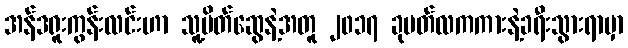
အန်ဒရူးကွန်းလင်းဟာ သူ့မိတ်ဆွေနဲ့အတူ ၂၀၁၇ ခုမတ်လကကားနဲ့ခရီးသွားရာမှာ